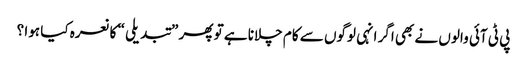
پی ٹی آئی والوں نے بھی اگر انہی لوگوں سے کام چلانا ہے تو پھر ”تبدیلی “ کا نعرہ کیا ہوا ؟